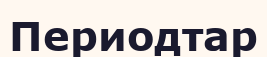
Периодтар